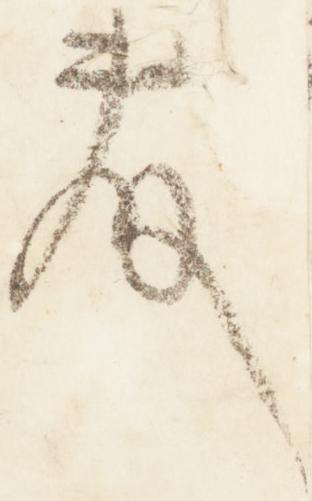
藤